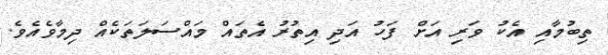
ތިބުމާއި އެކު ވަރި އަށް ފަހު އަދި އިތުރު އެތައް މައްސަލަތަކެއް ދިމާވެއެވެ.